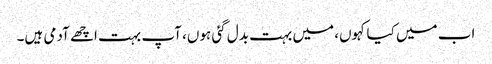
اب میں کیا کہوں، میں بہت بدل گئی ہوں، آپ بہت اچھے آدمی ہیں۔